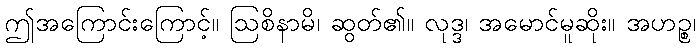
ဤအကြောင်းကြောင့်။ ဩစိနာမိ၊ ဆွတ်၏။ လုဒ္ဒ၊ အမောင်မူဆိုး။ အဟဉ္စ၊